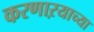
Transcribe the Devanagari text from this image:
करणाऱयाच्या